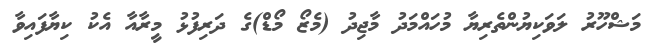
މަޝްހޫރު ލަވަކިޔުންތެރިޔާ މުހައްމަދު މާޖިދު (މެޒޯ މޯޑް)ގެ ދަރިފުޅު މީރާއާ އެކު ކިޔާފައިވާ